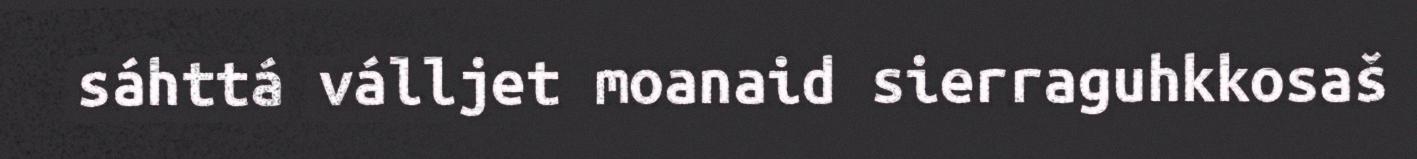
sáhttá válljet moanaid sierraguhkkosaš